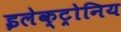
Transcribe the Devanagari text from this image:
इलेक्ट्रोनिय